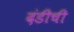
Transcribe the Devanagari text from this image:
दंडीची